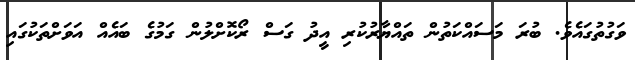
ވަގުތުގައެވެ. ބުރަ މަސައްކަތުން ތައްޔާރުކުރި އީދު ގަސް ރޯކޮށްލުން ގަމުގެ ބައެއް އަވަށްތަކުގައި